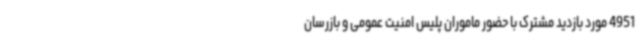
4951 مورد بازدید مشترک با حضور ماموران پلیس امنیت عمومی و بازرسان